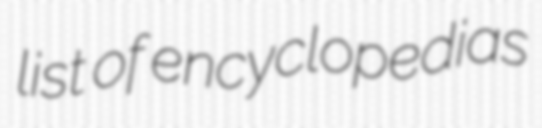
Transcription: list of encyclopedias